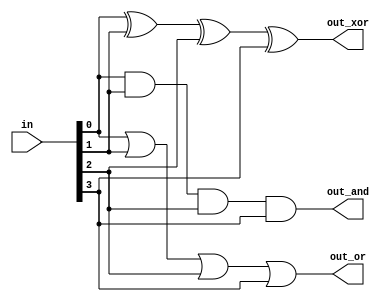
// This program was cloned from: https://github.com/Yvan-xy/verilog-doc
// License: GNU General Public License v2.0

module top_module( 
    input [3:0] in,
    output out_and,
    output out_or,
    output out_xor
);
    assign out_and = in[0]&in[1]&in[2]&in[3];
    
    assign out_or = in[0]|in[1]|in[2]|in[3];
    
    assign out_xor = in[0]^in[1]^in[2]^in[3];
endmodule